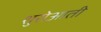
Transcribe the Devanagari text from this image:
शुरोआती